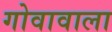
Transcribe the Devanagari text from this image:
गोवावाला